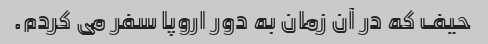
حیف که در آن زمان به دور اروپا سفر می کردم.